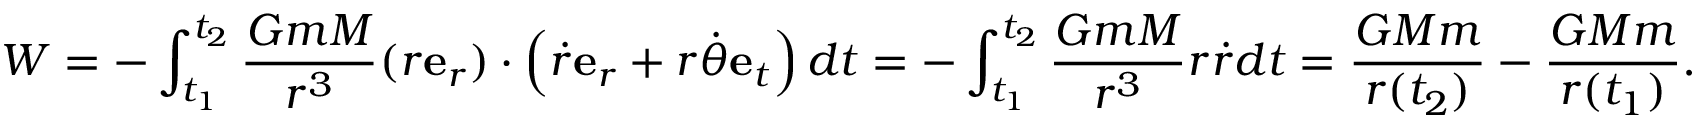
W = - \int _ { t _ { 1 } } ^ { t _ { 2 } } { \frac { G m M } { r ^ { 3 } } } ( r \mathbf { e } _ { r } ) \cdot \left( { \dot { r } } \mathbf { e } _ { r } + r { \dot { \theta } } \mathbf { e } _ { t } \right) d t = - \int _ { t _ { 1 } } ^ { t _ { 2 } } { \frac { G m M } { r ^ { 3 } } } r { \dot { r } } d t = { \frac { G M m } { r ( t _ { 2 } ) } } - { \frac { G M m } { r ( t _ { 1 } ) } } .